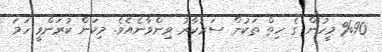
%90 މީހުން ގެ ހިތް ތަކުން ސަރުކާރު ވިންވާނެއެވެ. މިކަން ކުރަންވީ ހަމަ